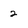
Character: 2